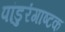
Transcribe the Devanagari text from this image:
पांडुरंगाष्टक